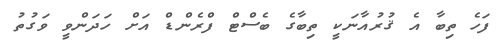
ފަހެ ތިބާ އެ ޤުރުއާނަކީ ތިބާގެ ބެސްޓް ފްރެންޑް އަށް ހަދަންވީ ވަގުތު